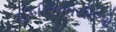
ઈબીએસસીઓ